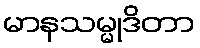
မာနသမ္မုဒိတာ